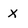
Character: x